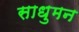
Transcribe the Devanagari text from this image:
साधुमन